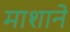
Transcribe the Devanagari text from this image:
माशाने